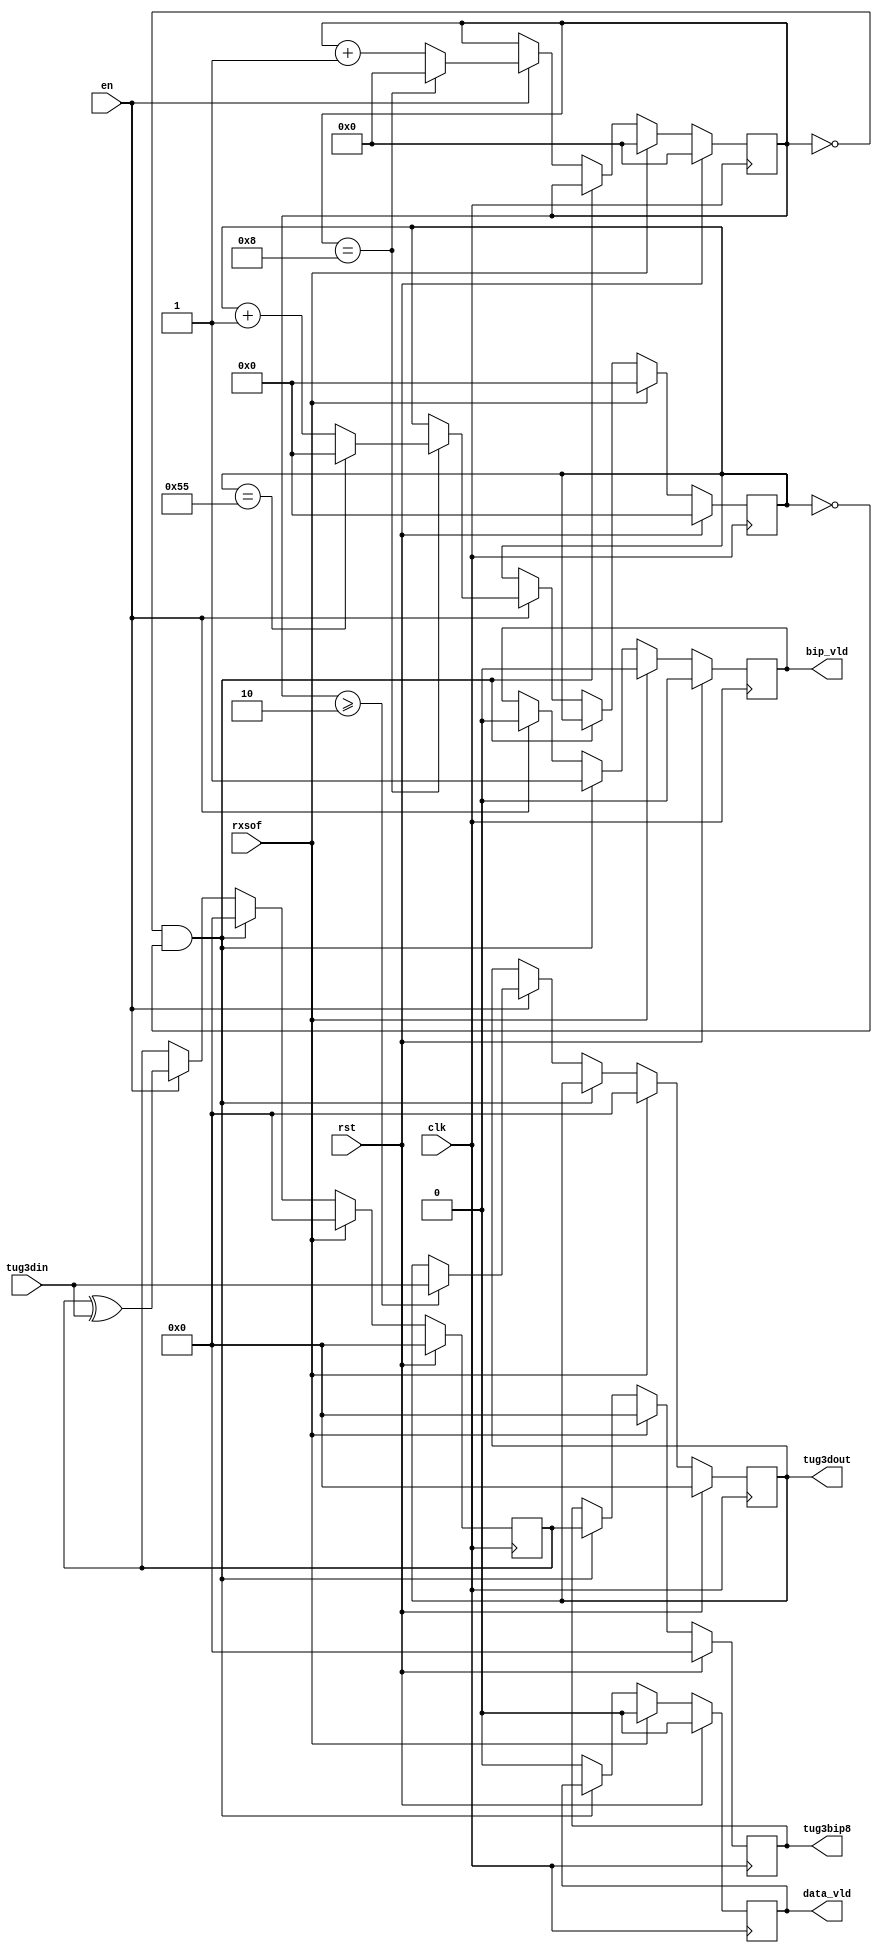
module tug3_rx
    (
     clk,
     rst,
     
     en,     
     rxsof,
     tug3din,
     
     tug3bip8,
     bip_vld,
     
     tug3dout,
     data_vld
     );
parameter WIDTH = 8;
////////////////////////////////////////////////////////////////////////////////
// Port declarations
input clk,
      rst;

input en;
input rxsof;
input [WIDTH-1:0] tug3din;

output            data_vld;
output [WIDTH-1:0] tug3dout;
output             bip_vld;
output [WIDTH-1:0] tug3bip8;

////////////////////////////////////////////////////////////////////////////////
// Output declarations
reg                data_vld;
reg [WIDTH-1:0]    tug3dout;
reg [WIDTH-1:0]    tug3bip8;
reg [WIDTH-1:0]    tug3bip8_reg;
reg                bip_vld;
reg [6:0]          col;
reg [3:0]          row;
////////////////////////////////////////////////////////////////////////////////
// Local logic and instantiation
always @(posedge clk)
    begin
    if(rst)
        begin
        tug3dout <= {WIDTH{1'b0}};
        data_vld <= 1'b0;
        tug3bip8 <= {WIDTH{1'b0}};
        tug3bip8_reg <= {WIDTH{0}};
        row <= 7'b0;
        col <= 4'b0;
        bip_vld <= 1'b0; 
        end
    else if(rxsof)
       begin
        tug3dout <= {WIDTH{1'b0}};
        data_vld <= 1'b0;
        tug3bip8 <= {WIDTH{1'b0}};
        tug3bip8_reg <= {WIDTH{0}};
        row <= 7'b0;
        col <= 4'b0;
        bip_vld <= 1'b0; 
       end
    else if(row == 0 & col == 0)
        begin
        tug3bip8_reg <= 0;
        tug3bip8 <= tug3bip8_reg;
        bip_vld <= 1;       
        end        
    else if(en)
        begin
        if(row >=2)
            begin
            tug3dout <= tug3din;
            data_vld <= 1'b1;
            end
        data_vld <= 0;
        tug3bip8_reg <= tug3bip8_reg^tug3din;
        bip_vld <= 0;
        row <= ( row == 8) ? 0:row +1;
        col <= (row == 8)?
               (col == 85)?0:col+7'b1:col;
        end      
    else data_vld <= 0;         
    end
endmodule